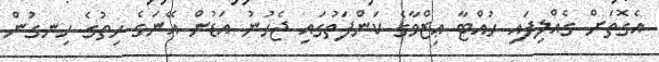
އެގޮތަށް ގެއްލިފައި ހުއްޓާ ޢިޒްވާގެ ކަންފަތުގައި ޖެހުނު އަޑުން އޭނަގެ ހިތުގެ ހިނގުން